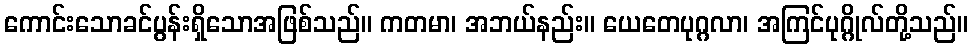
ကောင်းသောခင်ပွန်းရှိသောအဖြစ်သည်။ ကတမာ၊ အဘယ်နည်း။ ယေတေပုဂ္ဂလာ၊ အကြင်ပုဂ္ဂိုလ်တို့သည်။